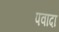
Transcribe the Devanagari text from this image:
पवादा